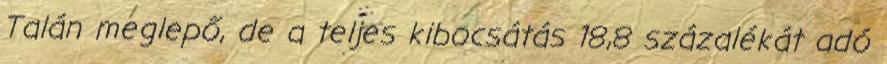
Talán meglepő, de a teljes kibocsátás 18,8 százalékát adó